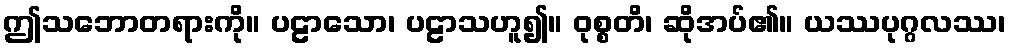
ဤသဘောတရားကို။ ပဠာသော၊ ပဠာသဟူ၍။ ဝုစ္စတိ၊ ဆိုအပ်၏။ ယဿပုဂ္ဂလဿ၊